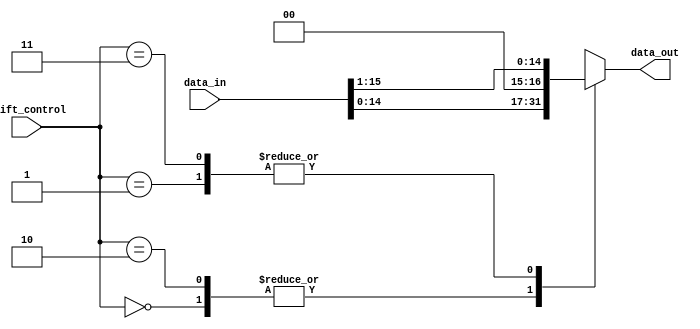
module Barrel_Shifter(
    input [15:0] data_in,
    input [1:0] shift_control,
    output reg [15:0] data_out
);

always @(*)
begin
    case(shift_control)
        2'b00: data_out = data_in << 1; //logical shift left
        2'b01: data_out = data_in >> 1; //logical shift right
        2'b10: data_out = data_in << 1; //arithmetic shift left
        2'b11: data_out = data_in >> 1; //arithmetic shift right
    endcase
end

endmodule